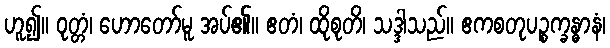
ဟူ၍။ ဝုတ္တံ၊ ဟောတော်မူ အပ်၏။ ဧတံ၊ ထိုစုတိ၊ သဒ္ဒါသည်။ ဧကစတုပဉ္စက္ခန္ဓာနံ၊